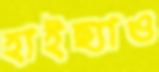
হাইছ্যাও